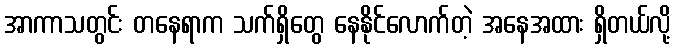
အာကာသတွင်း တနေရာက သက်ရှိတွေ နေနိုင်လောက်တဲ့ အနေအထား ရှိတယ်လို့